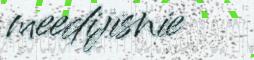
meedijisnie